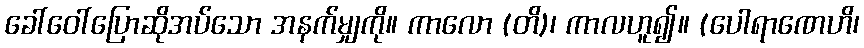
ခေါ်ဝေါ်ပြောဆိုအပ်သော အနက်မျှကို။ ကာလော (တိ)၊ ကာလဟူ၍။ (ပေါရာဏေဟိ၊